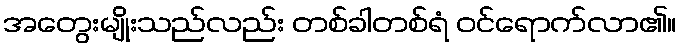
အတွေးမျိုးသည်လည်း တစ်ခါတစ်ရံ ဝင်ရောက်လာ၏။